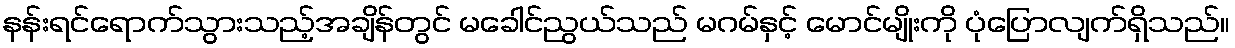
နန်းရင်ရောက်သွားသည့်အချိန်တွင် မခေါင်ညွယ်သည် မဂမ်နှင့် မောင်မျိုးကို ပုံပြောလျက်ရှိသည်။